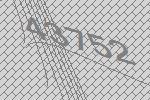
43752